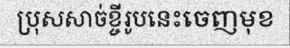
ប្រុសសាច់ខ្ចីរូបនេះចេញមុខ